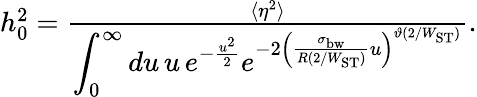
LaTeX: \begin{array}{r}{h_{0}^{2}=\frac{\langle\eta^{2}\rangle}{\displaystyle{\int_{0}^{\infty}du\, u\, e^{-\frac{u^{2}}{2}}e^{-2\left(\frac{\sigma_{\mathrm{bw}}}{R(2/W_{\mathrm{ST}})}u\right)^{\vartheta(2/W_{\mathrm{ST}})}}}}.}\end{array}